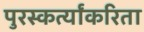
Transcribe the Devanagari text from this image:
पुरस्कर्त्यांकरिता